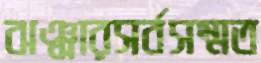
ঝঞ্ঝারসর্বসম্মত